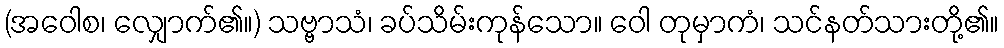
(အဝေါစ၊ လျှောက်၏။) သဗ္ဗာသံ၊ ခပ်သိမ်းကုန်သော။ ဝေါ တုမှာကံ၊ သင်နတ်သားတို့၏။